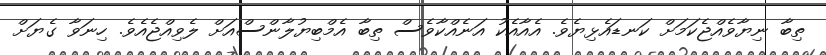
ތިބާ ނިޔާވެއްޖެކަމަށް ކަނޑައެޅިޔެވެ. އެއާއެކު އަނެއްކާވެސް ތިބާ އެމްބިޔުލާންސްއަށް ލެވިއްޖެއެވެ. ހިނަވާ ގެޔަށް